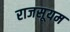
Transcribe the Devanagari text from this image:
राजसूयम